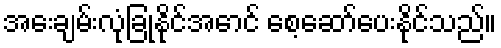
အေးချမ်းလုံခြုံနိုင်အောင် စေ့ဆော်ပေးနိုင်သည်။